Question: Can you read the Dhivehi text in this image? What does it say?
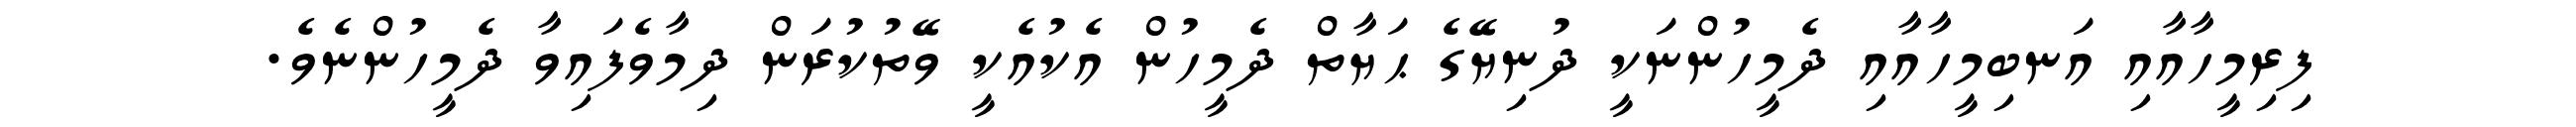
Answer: ފިރިމީހާއާއި އަނބިމީހާއާއި ދެމީހުންނަކީ ދުނިޔޭގެ ޙަޔާތް ދެމީހުން އެކުއެކީ ވޭތުކުރަން ދިމާވެފައިވާ ދެމީހުންނެވެ.